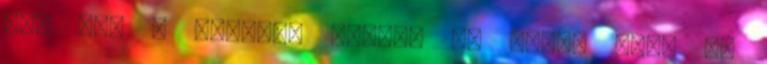
meg azt a férfit, akivel le fogja élni az